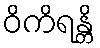
ဝိကိရန္တိ